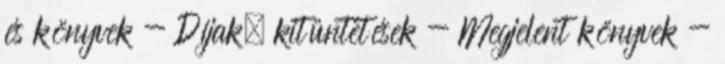
és könyvek - Díjak, kitüntetések - Megjelent könyvek -